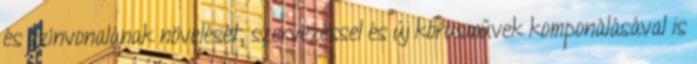
és színvonalának növelését, szervezéssel és új kórusművek komponálásával is